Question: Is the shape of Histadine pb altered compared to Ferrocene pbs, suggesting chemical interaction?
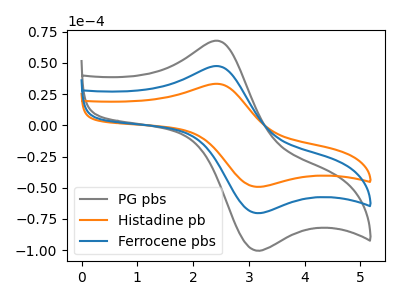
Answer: <think>The gray curve "PG pbs" has an anodic peak at (2.40V, 95.00uA) and a cathodic peak at (3.10V, -139.75uA). The orange curve "Histadine pb" has an anodic peak at (2.40V, 33.30uA) and a cathodic peak at (3.10V, -48.95uA). The blue curve "Ferrocene pbs" has an anodic peak at (2.40V, 47.50uA) and a cathodic peak at (3.10V, -69.85uA).
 All the peaks in "Histadine pb" have a peak in "Ferrocene pbs" at the same potential. Every peak in "Histadine pb" is lower than every peak in "Ferrocene pbs".</think>
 <answer>No, "Histadine pb" and "Ferrocene pbs" don't appear to be significantly different in shape</answer>
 <eval>no_change</eval>